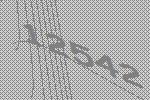
12542